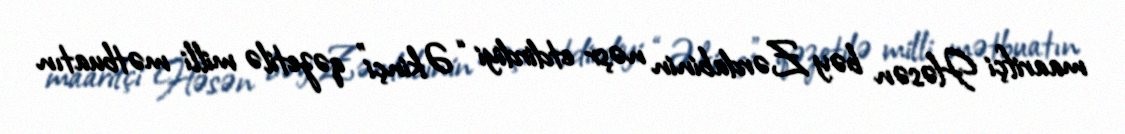
maarifçi Həsən bəy Zərdabinin nəşr etdirdiyi “Əkinçi” qəzetilə milli mətbuatın